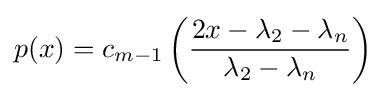
p(x)=c_{m-1}\left({\frac {2x-\lambda _{2}-\lambda _{n}}{\lambda _{2}-\lambda _{n}}}\right)